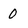
Character: 0